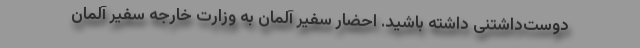
دوست‌داشتنی داشته باشید. احضار سفیر آلمان به وزارت خارجه سفیر آلمان